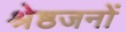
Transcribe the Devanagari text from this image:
श्रेष्ठजनों